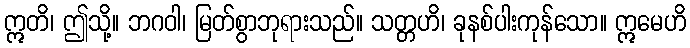
ဣတိ၊ ဤသို့။ ဘဂဝါ၊ မြတ်စွာဘုရားသည်။ သတ္တဟိ၊ ခုနစ်ပါးကုန်သော။ ဣမေဟိ